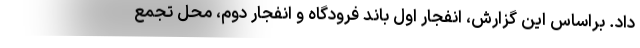
داد. براساس این گزارش، انفجار اول باند فرودگاه و انفجار دوم، محل تجمع